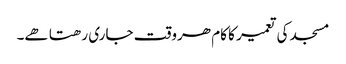
مسجد کی تعمیر کا کام ھروقت جاری رھتا ھے۔